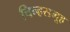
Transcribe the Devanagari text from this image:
चिन्हसमूह